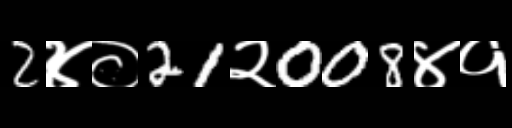
Text: 2४०21२008४१